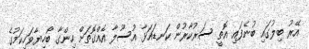
އޭރު ބިލުގައި ބުނެފައި އޮތީ ސަރުކާރުން ކަނޑައަޅާ އުސޫލާ އެއްގޮތަށް ހިންގާ ބޯހިޔާވަހިކަމުގެ